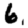
Digit: 6